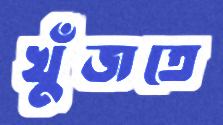
খুঁজতে